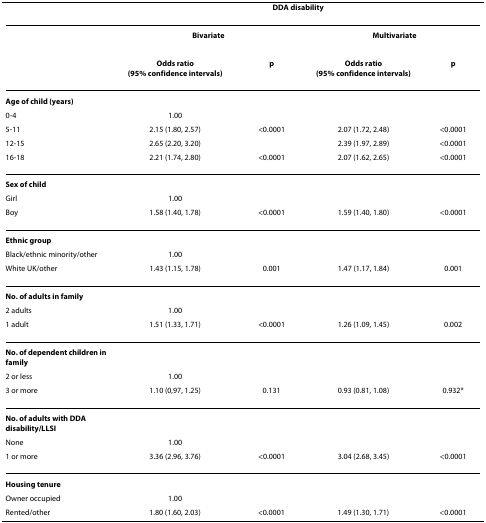
<table><thead><tr><td></td><td colspan="4"><b>DDA disability</b></td></tr></thead><tbody><tr><td></td><td colspan="2"><b>Bivariate</b></td><td colspan="2"><b>Multivariate</b></td></tr><tr><td></td><td><b><i>Odds ratio</i></b><b><i>(95% confidence intervals)</i></b></td><td><b><i>p</i></b></td><td><b><i>Odds ratio</i></b><b><i>(95% confidence intervals)</i></b></td><td><b><i>p</i></b></td></tr><tr><td><b>Age of child (years)</b></td><td></td><td></td><td></td><td></td></tr><tr><td>0-4</td><td>1.00</td><td></td><td></td><td></td></tr><tr><td>5-11</td><td>2.15 (1.80, 2.57)</td><td>&lt;0.0001</td><td>2.07 (1.72, 2.48)</td><td>&lt;0.0001</td></tr><tr><td>12-15</td><td>2.65 (2.20, 3.20)</td><td></td><td>2.39 (1.97, 2.89)</td><td>&lt;0.0001</td></tr><tr><td>16-18</td><td>2.21 (1.74, 2.80)</td><td>&lt;0.0001</td><td>2.07 (1.62, 2.65)</td><td>&lt;0.0001</td></tr><tr><td><b>Sex of child</b></td><td></td><td></td><td></td><td></td></tr><tr><td>Girl</td><td>1.00</td><td></td><td></td><td></td></tr><tr><td>Boy</td><td>1.58 (1.40, 1.78)</td><td>&lt;0.0001</td><td>1.59 (1.40, 1.80)</td><td>&lt;0.0001</td></tr><tr><td><b>Ethnic group</b></td><td></td><td></td><td></td><td></td></tr><tr><td>Black/ethnic minority/other</td><td>1.00</td><td></td><td></td><td></td></tr><tr><td>White UK/other</td><td>1.43 (1.15, 1.78)</td><td>0.001</td><td>1.47 (1.17, 1.84)</td><td>0.001</td></tr><tr><td><b>No. of adults in family</b></td><td></td><td></td><td></td><td></td></tr><tr><td>2 adults</td><td>1.00</td><td></td><td></td><td></td></tr><tr><td>1 adult</td><td>1.51 (1.33, 1.71)</td><td>&lt;0.0001</td><td>1.26 (1.09, 1.45)</td><td>0.002</td></tr><tr><td><b>No. of dependent children in family</b></td><td></td><td></td><td></td><td></td></tr><tr><td>2 or less</td><td>1.00</td><td></td><td></td><td></td></tr><tr><td>3 or more</td><td>1.10 (0,97, 1.25)</td><td>0.131</td><td>0.93 (0.81, 1.08)</td><td>0.932*</td></tr><tr><td><b>No. of adults with DDA disability/LLSI</b></td><td></td><td></td><td></td><td></td></tr><tr><td>None</td><td>1.00</td><td></td><td></td><td></td></tr><tr><td>1 or more</td><td>3.36 (2.96, 3.76)</td><td>&lt;0.0001</td><td>3.04 (2.68, 3.45)</td><td>&lt;0.0001</td></tr><tr><td><b>Housing tenure</b></td><td></td><td></td><td></td><td></td></tr><tr><td>Owner occupied</td><td>1.00</td><td></td><td></td><td></td></tr><tr><td>Rented/other</td><td>1.80 (1.60, 2.03)</td><td>&lt;0.0001</td><td>1.49 (1.30, 1.71)</td><td>&lt;0.0001</td></tr></tbody></table>